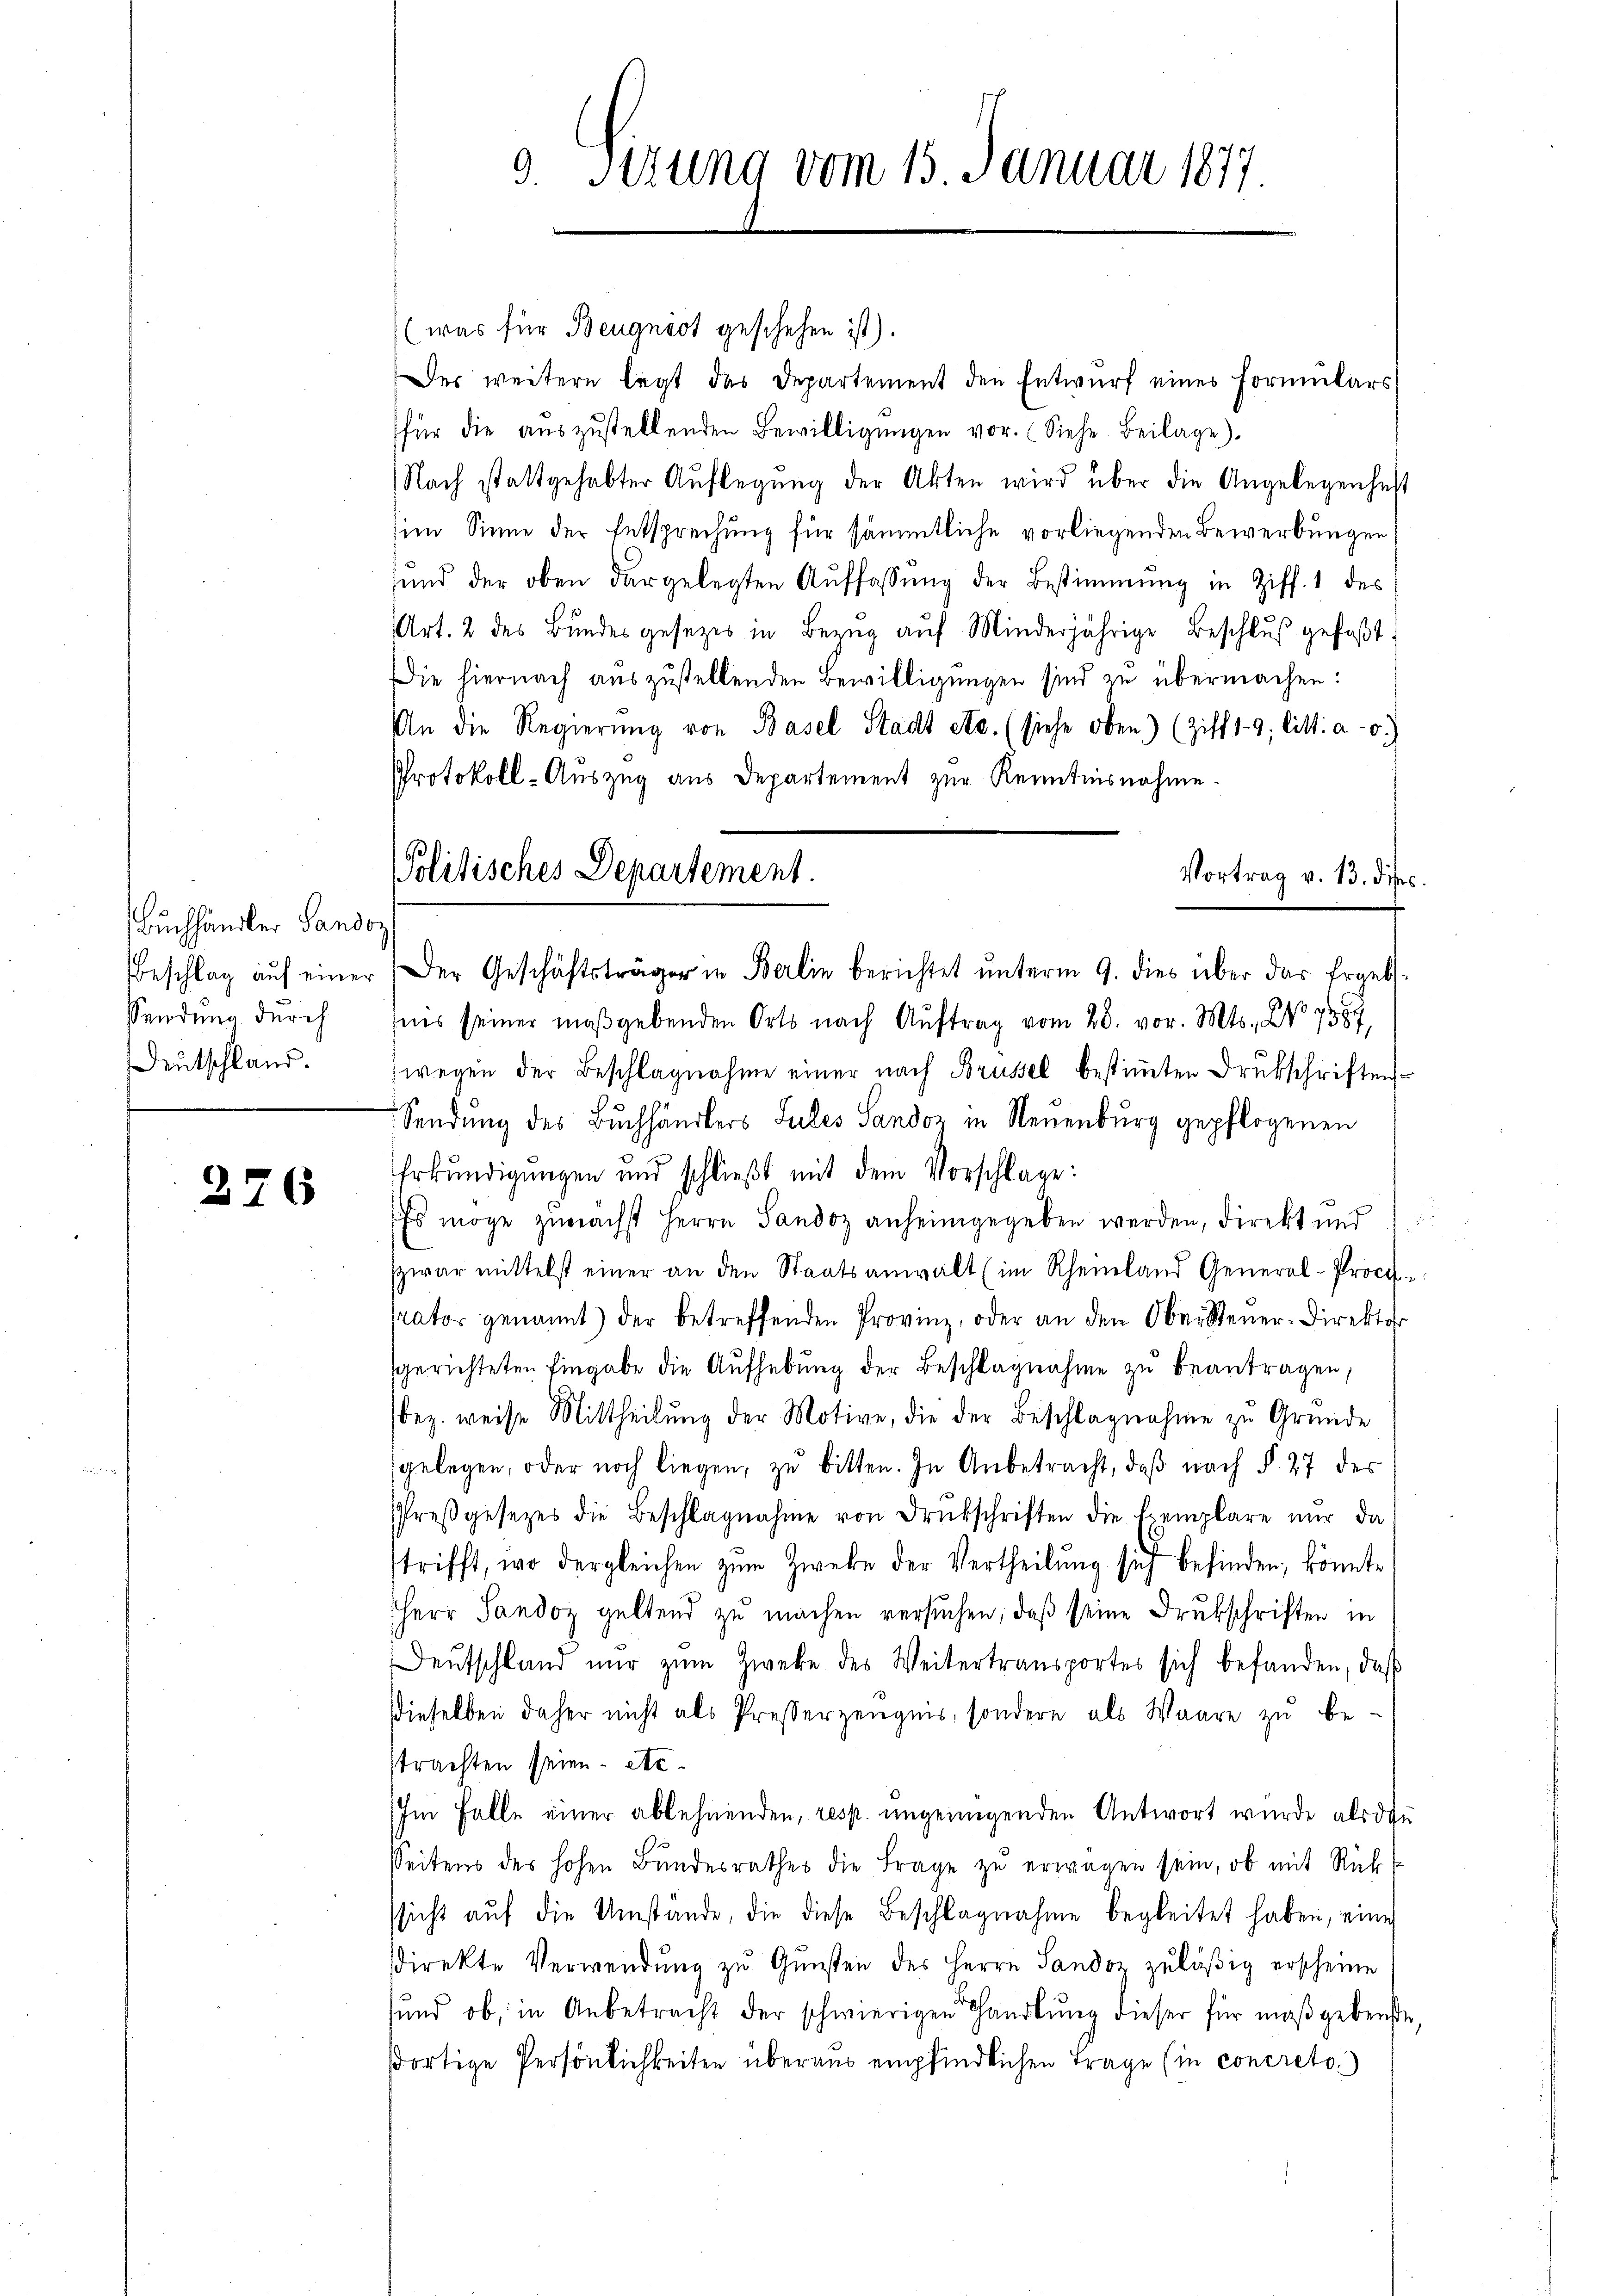
Buchhändler Sandor
Sendung durch
Deutschland.

276

9. Sizung vom 15. Januar 1877.

Politisches Departement.

(was für Beugnist geschehen ist).
Der weitern legt das Departement den Entwurf eines Formulars
für die aŭszŭstellenden Bewilligŭngen vor. (Siehe Beilage).
Nach stattgehabter Auflegung der Akten wird über die Angelegenheit
im Sinne der Entsprechung für sämmtliche vorliegenden Bewerbungen,
sŭnd der oben dargelegten Aŭffassŭng der Bestimmung in Ziff. 1 des
Art. 2 des Bŭndesgesetzes in Bezŭg aŭf Minderjährige Beschlŭβ gefaßt.
Die hiernach auszustellenden Bewilligungen sind zu übermachen:
An die Regierŭng von Basel Stadt etc. (siehe oben) (Ziff 19 litt: a.)
Protokoll-Auszug aus Departement zur Kenntnisnahme.
Beschlag aŭf einer Der Geschäftsträger in Berlin berichtet ŭnterm 9. dies über das Ergeb
d
fnis seiner maßgebenden Orts nach Auftrag vom 28. vor. Mts., No. 7587,
wegen der Beschlagnahme einer nach Brüssel bestimmten Drukschriften
Sendung des Buchhändlers Sules Sandos in Neuenburg gepflogenen
Erkundigungen und schließt mit dem Vorschlage:
Es möge zunächst Herrn Sandoz anheimgegeben werden, direkt und
zwar mittelst einer an den Staatsanwalt (im Rheinland General-Proces.
Nator genannt) der betreffenden Provinz, oder an den Obersteŭer-Direktor
sgerichteten Eingabe die Aufhebung der Beschlagnahme zu beantragen,
bez. weise Mittheilung der Motive, die der Beschlagnahme zu Gründe
gelegen, oder noch liegen, zu bitten. In Anbetracht, daβ nach §. 27 der
Preßgesetzes die Beschlagnahme von Drukschriften die Exemplare nŭr da
trifft, wo dergleichen zum Zweke der Vertheilung sich befinden, könnte
Herr Sandoz geltend zu machen versuchen, daß seine Drukschriften in
Deŭtschland nŭr zŭm Zweke des Weitertransportes sich befanden, daβ
dieselben daher nicht als Presserzeugnis, sondern als Waare zu be-
strachten seien. Ac¬
Im Falle einer ablehnenden, resp. ungenügenden Antwort wurde als di
Seitens des hohen Bundesrathes die Frage zu erwagen sein, ob mit Rückssicht auf die Umstände, die diese Beschlagnahme begleitet haben, eine
sdirekte Verwendŭng zŭ Gŭnsten des Herrn Sandoz zuläßig erscheine
und ob, in Anbetracht der schwierigen handlŭng dieser für maßgebenst
sortige Persönlichkeiten überaus empfindlichen Frage (in concreto.)

Vortrag v. 13. die